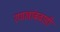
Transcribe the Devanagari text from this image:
रणखांबवाडी